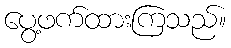
ပွေ့ဖက်ထားကြသည်။